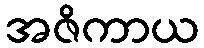
အဇိကာယ